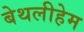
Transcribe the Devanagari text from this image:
बेथलीहेम